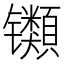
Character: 𫔕